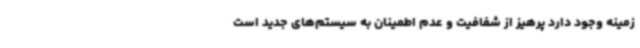
زمینه وجود دارد پرهیز از شفافیت و عدم اطمینان به سیستم‌های جدید است